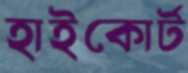
হাইকোর্ট